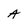
Character: A